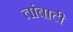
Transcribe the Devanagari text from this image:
तांबाटी